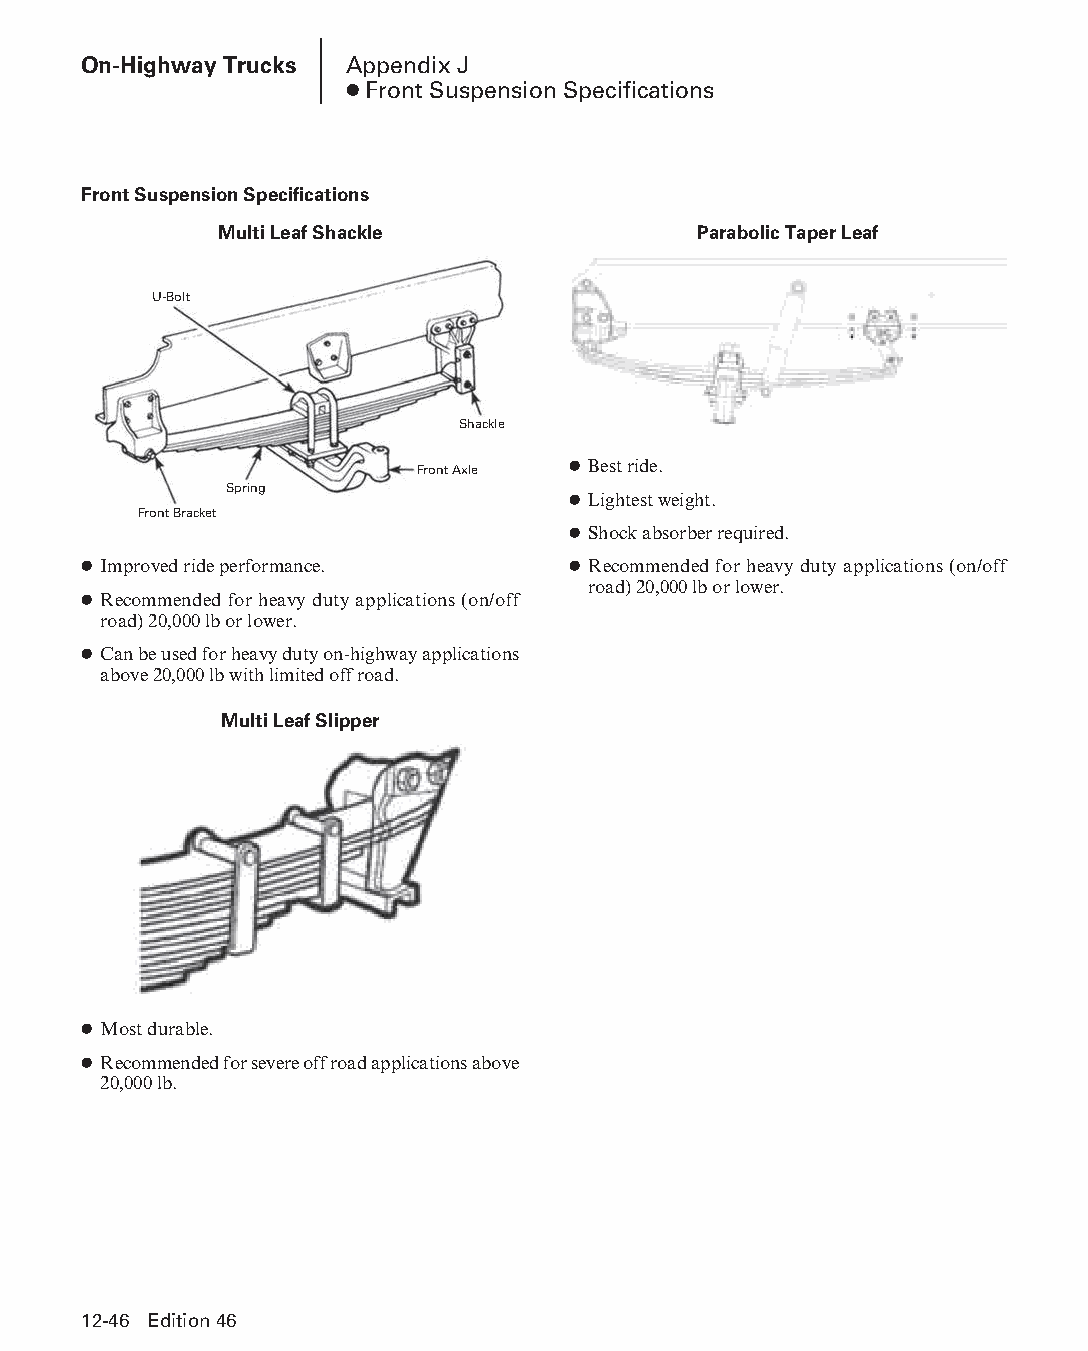
On-Highway Trucks Appendix J
 ● Front Suspension Specifications
 Front Suspension Specifications
 Multi Leaf Shackle              Parabolic Taper Leaf
 U-Bolt
 Shackle
 Front Axle ● Best ride.
 Spring
 ● Lightest weight.
 Front Bracket
 ● Shock absorber required.
 ● Improved ride performance.    ● Recommended for heavy duty applications (on/off
 road) 20,000 lb or lower.
 ● Recommended for heavy duty applications (on/off
 road) 20,000 lb or lower.
 ● Can be used for heavy duty on-highway applications
 above 20,000 lb with limited off road.
 Multi Leaf Slipper
 ● Most durable.
 ● Recommended for severe off road applications above
 20,000 lb.
 12-46 Edition 46
 PPHHBB--SSeecc1122--1166..iinndddd 4466                        1122//44//1155 1100::4477 AAMM